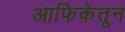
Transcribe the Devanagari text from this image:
आफिकेतून